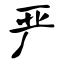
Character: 严